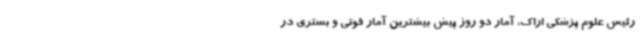
رئیس علوم پزشکی اراک، آمار دو روز پیش بیشترین آمار فوتی و بستری در